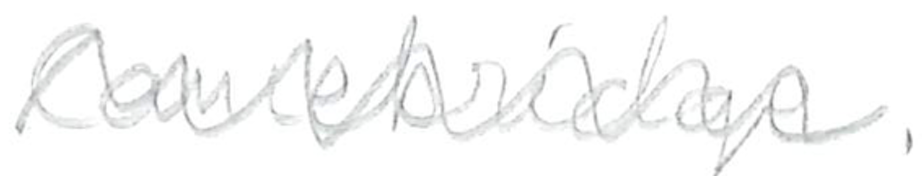
Text: Cambridge.
Cross-out: zig-zag
Writing tool: pencil